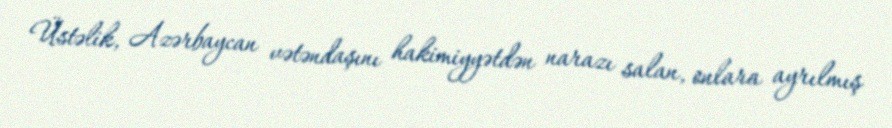
Üstəlik, Azərbaycan vətəndaşını hakimiyyətdən narazı salan, onlara ayrılmış